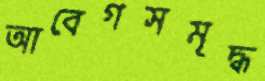
আবেগসমৃদ্ধ